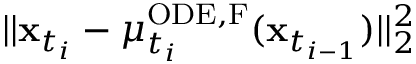
| | \mathbf { x } _ { t _ { i } } - \mu _ { t _ { i } } ^ { \mathrm { O D E , F } } ( \mathbf { x } _ { t _ { i - 1 } } ) | | _ { 2 } ^ { 2 }